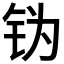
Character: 𬬶